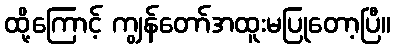
ထို့ကြောင့် ကျွန်တော်အထူးမပြုတော့ပြီ။